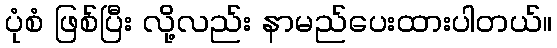
ပုံစံ ဖြစ်ပြီး လို့လည်း နာမည်ပေးထားပါတယ်။